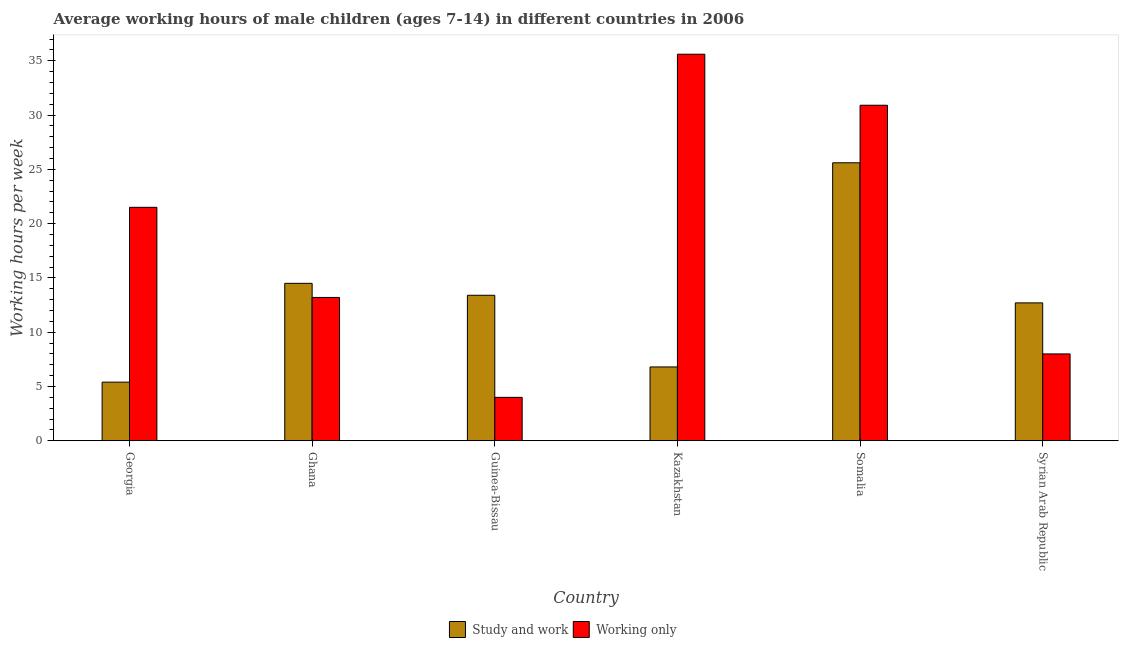
| Country | Study and work | Working only |
 | --- | --- | --- |
 | Georgia | 5.4 | 21.5 |
 | Ghana | 14.5 | 13.2 |
 | Guinea-Bissau | 13.4 | 4 |
 | Kazakhstan | 6.8 | 35.6 |
 | Somalia | 25.6 | 30.9 |
 | Syrian Arab Republic | 12.7 | 8 |